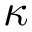
\kappa